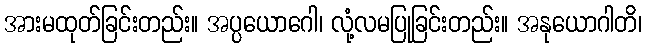
အားမထုတ်ခြင်းတည်း။ အပ္ပယောဂေါ၊ လုံ့လမပြုခြင်းတည်း။ အနုယောဂါတိ၊